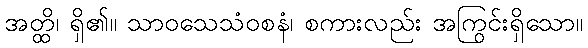
အတ္ထိ၊ ရှိ၏။ သာဝသေသံဝစနံ၊ စကားလည်း အကြွင်းရှိသော။